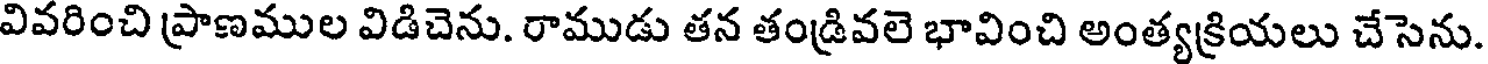
వివరించి ప్రాణముల విడిచెను. రాముడు తన తండ్రివలె భావించి అంత్యక్రియలు చేసెను.